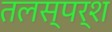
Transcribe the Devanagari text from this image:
तलस्पर्श